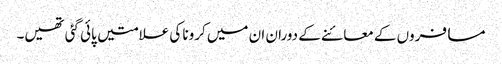
مسافروں کے معائنے کے دوران ان میں کرونا کی علامتیں پائی گئی تھیں۔